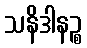
သနိဒါနဉ္စ